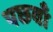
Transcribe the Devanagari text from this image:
पछवाँ